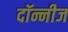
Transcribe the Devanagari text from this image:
दॉन्नीज